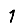
Digit: 1